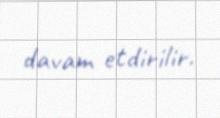
davam etdirilir.